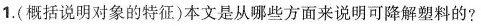
1.(概括说明对象的特征)本文是从哪些方面来说明可降解塑料的?